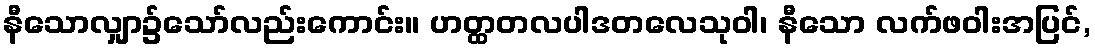
နီသောလျှာ၌သော်လည်းကောင်း။ ဟတ္ထတလပါဒတလေသုဝါ၊ နီသော လက်ဖဝါးအပြင်,